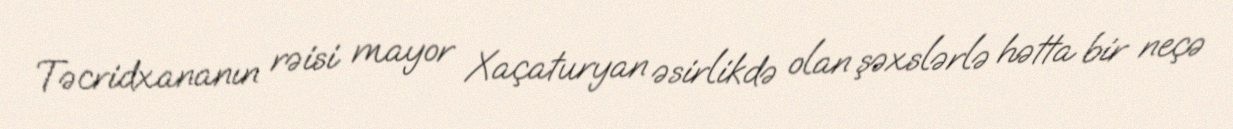
Təcridxananın rəisi mayor Xaçaturyan əsirlikdə olan şəxslərlə hətta bir neçə